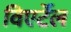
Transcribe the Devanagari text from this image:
विएर्टेल